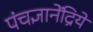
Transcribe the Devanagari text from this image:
पंचज्ञानेंद्रिये